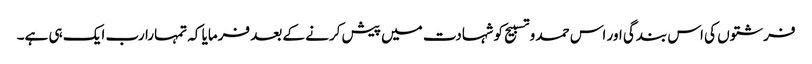
فرشتوں کی اس بندگی اور اس حمد و تسبیح کو شہادت میں پیش کرنے کے بعد فرمایا کہ تمہارا رب ایک ہی ہے۔